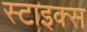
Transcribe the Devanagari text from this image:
स्टाइक्स